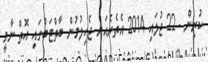
ކުރިން - 22 ޖުލައި 2014 އެތެރެއަށް ޖެހިލުމުން ބާތްޓަބްގައި އޮތް ނާމީ